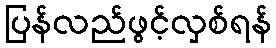
ပြန်လည်ဖွင့်လှစ်ရန်